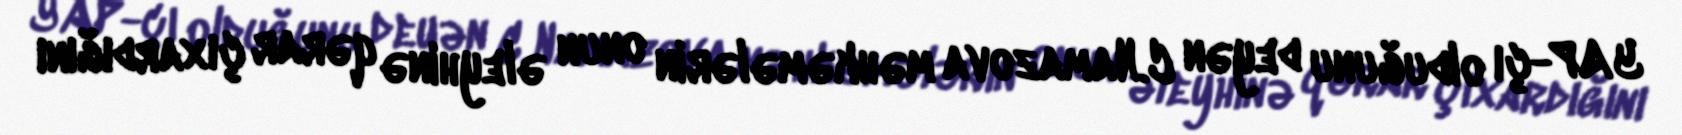
YAP-çı olduğunu deyən C.Namazova məhkəmələrin onun əleyhinə qərar çıxardığını